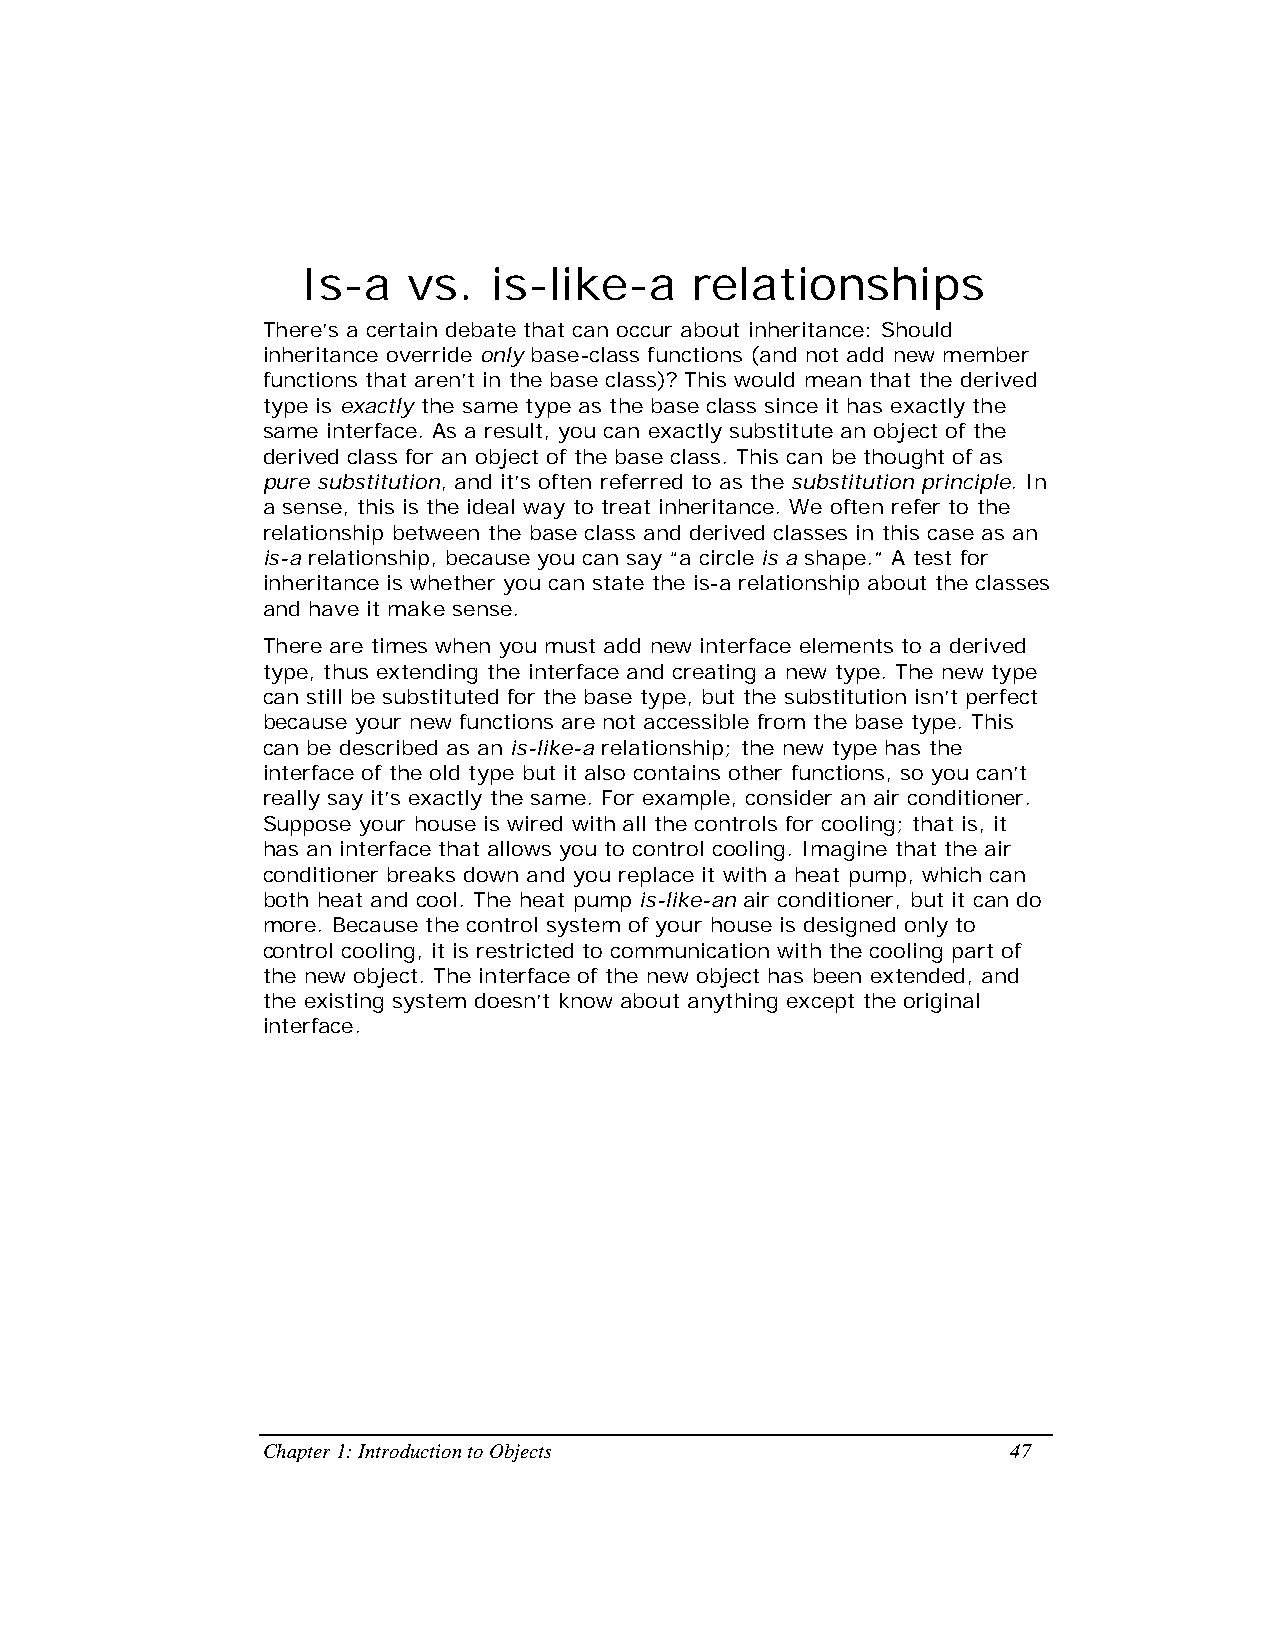
Is-a   vs.   is-like-a    relationships
 There’s a certain debate that can occur about inheritance: Should
 inheritance override only base-class functions (and not add new member
 functions that aren’t in the base class)? This would mean that the derived
 type is exactly the same type as the base class since it has exactly the
 same interface. As a result, you can exactly substitute an object of the
 derived class for an object of the base class. This can be thought of as
 pure substitution, and it’s often referred to as the substitution principle. In
 a sense, this is the ideal way to treat inheritance. We often refer to the
 relationship between the base class and derived classes in this case as an
 is-a relationship, because you can say “a circle is a shape.” A test for
 inheritance is whether you can state the is-a relationship about the classes
 and have it make sense.
 There are times when you must add new interface elements to a derived
 type, thus extending the interface and creating a new type. The new type
 can still be substituted for the base type, but the substitution isn’t perfect
 because your new functions are not accessible from the base type. This
 can be described as an is-like-a relationship; the new type has the
 interface of the old type but it also contains other functions, so you can’t
 really say it’s exactly the same. For example, consider an air conditioner.
 Suppose your house is wired with all the controls for cooling; that is, it
 has an interface that allows you to control cooling. Imagine that the air
 conditioner breaks down and you replace it with a heat pump, which can
 both heat and cool. The heat pump is-like-an air conditioner, but it can do
 more. Because the control system of your house is designed only to
 control cooling, it is restricted to communication with the cooling part of
 the new object. The interface of the new object has been extended, and
 the existing system doesn’t know about anything except the original
 interface.
 Chapter 1: Introduction to Objects                47